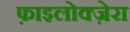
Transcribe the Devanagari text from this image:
फ़ाइलोक्ज़ेरा